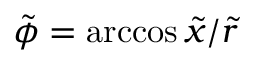
\tilde { \phi } = \operatorname { a r c c o s } { \tilde { x } / \tilde { r } }